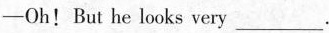
-Oh! But he looks very ___.